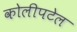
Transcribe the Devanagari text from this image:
कोलीपटेल